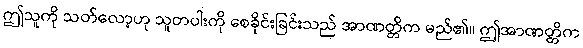
ဤသူကို သတ်လော့ဟု သူတပါးကို စေခိုင်းခြင်းသည် အာဏတ္တိက မည်၏။ ဤအာဏတ္တိက